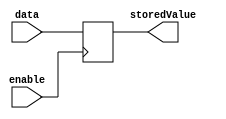
module EnableLatch (
    input wire data,
    input wire enable,
    output reg storedValue
);

always @(posedge enable) begin
    if (enable) begin
        storedValue <= data;
    end
end

endmodule